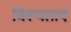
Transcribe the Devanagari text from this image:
विरूपताएं